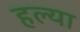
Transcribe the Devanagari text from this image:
हल्या